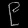
Digit: ၉